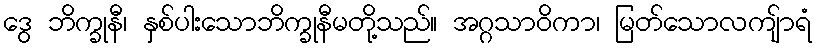
ဒွေ ဘိက္ခုနီ၊ နှစ်ပါးသောဘိက္ခုနီမတို့သည်။ အဂ္ဂသာဝိကာ၊ မြတ်သောလကျ်ာရံ